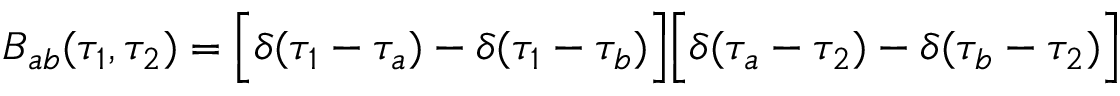
B _ { a b } ( \tau _ { 1 } , \tau _ { 2 } ) = \Bigl [ \delta ( \tau _ { 1 } - \tau _ { a } ) - \delta ( \tau _ { 1 } - \tau _ { b } ) \Bigr ] \Bigl [ \delta ( \tau _ { a } - \tau _ { 2 } ) - \delta ( \tau _ { b } - \tau _ { 2 } ) \Bigr ] \quad